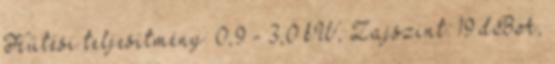
Hűtési teljesítmény: 0,9 - 3,0 kW, Zajszint: 19 dBA,